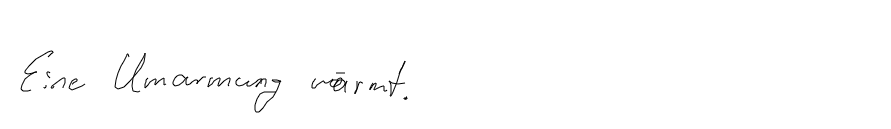
Eine Umarmung wärmt.